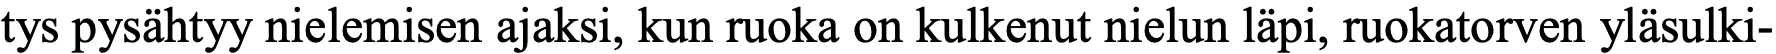
tys pysähtyy nielemisen ajaksi, kun ruoka on kulkenut nielun läpi, ruokatorven yläsulki-